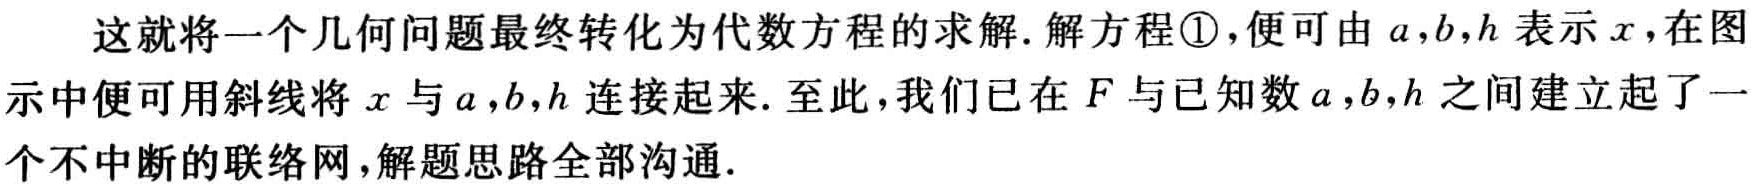
这就将一个几何问题最终转化为代数方程的求解. 解方程\textcircled{1}，便可由\(a,b,h\)表示\(x\)，在图示中便可用斜线将\(x\)与\(a,b,h\)连接起来. 至此，我们已在\(F\)与已知数\(a,b,h\)之间建立起了一个不中断的联络网，解题思路全部沟通.